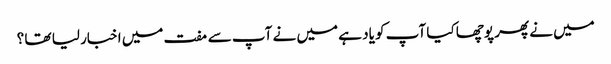
میں نے پھر پوچھا کیا آپ کو یاد ہے میں نے آپ سے مفت میں اخبار لیا تھا ؟